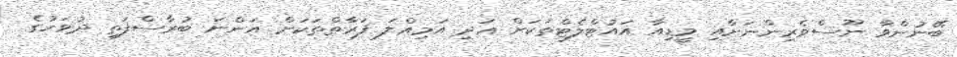
ބޭނުންވާ ނޫސްވެރިންނަށާއި މީޑިއާ އައުޓްލެޓްތަކަށް އަދި އަމިއްލަ ފަރާތްތަކަށް އަންނަ ބުރާސްފަތި ދުވަހުގެ